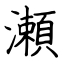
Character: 瀬